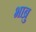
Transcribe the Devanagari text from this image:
भाब्रु